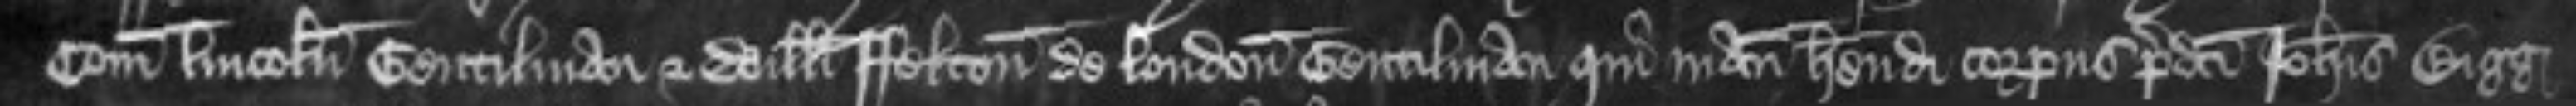
Comitatu Lincolnie Gentilman et Willelmi Felton de London Gentilman qui manuceperunt habendi corpus predicti Johannis Bigg